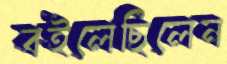
বইলেছিলেন